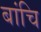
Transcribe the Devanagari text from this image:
बांचि